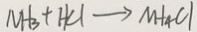
N H _ { 3 } + H C l \rightarrow N H _ { 4 } C l